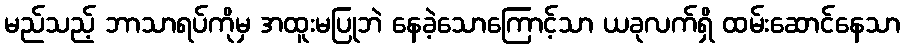
မည်သည့် ဘာသာရပ်ကိုမှ အထူးမပြုဘဲ နေခဲ့သောကြောင့်သာ ယခုလက်ရှိ ထမ်းဆောင်နေသာ